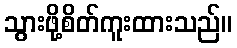
သွားဖို့စိတ်ကူးထားသည်။